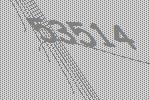
53514